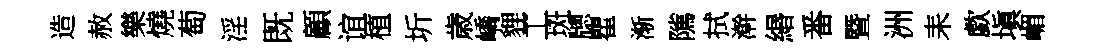
造赦樂燒萄淫既顧谊植圻歳嶠貍工斑牕瞿渐隲拭澣緡番暨洲耒歔塡嵋